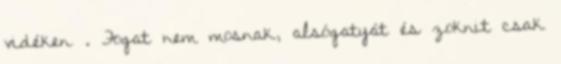
vidéken . Fogat nem mosnak, alsógatyát és zoknit csak